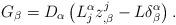
LaTeX: \begin{align*}G_\beta=D_\alpha\left(L^\alpha_j z^j_{,\beta}-L\delta ^\alpha_\beta\right). \end{align*}